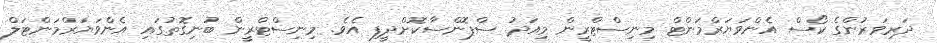
ދަރިވަރުންގެ ކޯސް އެންވަޔަރްމަންޓް މިނިސްޓްރީން މިއަދު ސްޕޮންސާކޮށްދީފި އެވެ. މިނިސްޓްރީން ބުނިގޮތުގައި އެންވަޔަރްމަންޓަލް